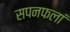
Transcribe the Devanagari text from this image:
सपनफलां